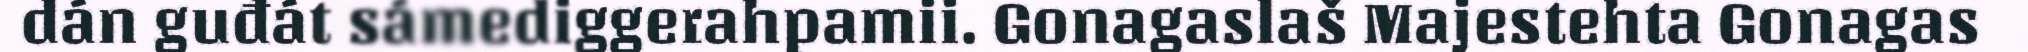
dán guđát sámediggerahpamii. Gonagaslaš Majestehta Gonagas